Report on horse surra - Volume I
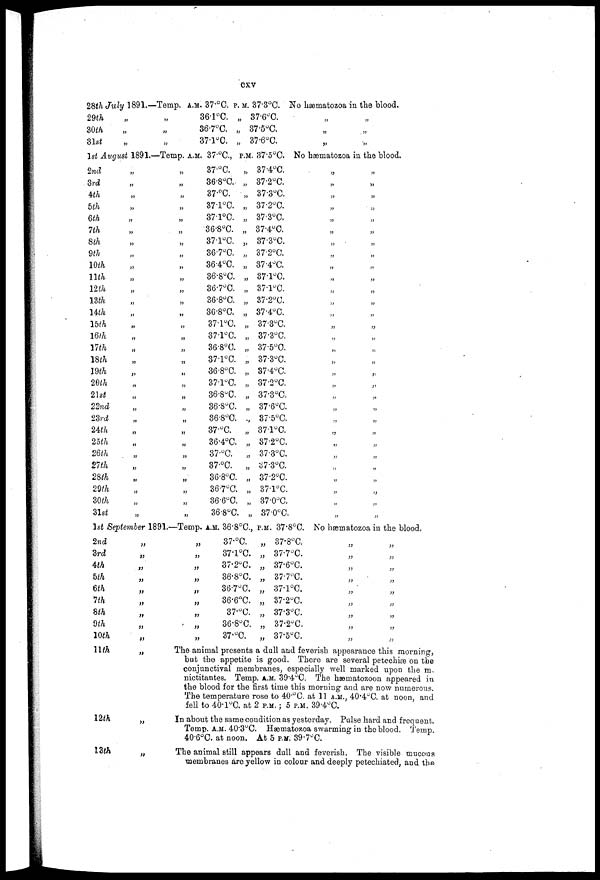
cxv
28th July 1891.-
29th
30th
31st
„
„
„
-Temp.
„
„
„
A.M. 37.°C.
36.1°C.
36.7°C.
37.l°0.
P. M. 87.3°C.
„ 37.6°C.
„ 37.5°C.
„ 37.6°C.
No hæmatozoa in the blood.
„
„
„
„
„
„
1st August
2nd
3rd
4th
5th
6th
7th
8th
9th
10th
11th
12th
13th
14th
15th
16th
17 th
18th
19th
20th
21st
22nd
23rd
24th
25th
26th
27th
28th
29th
30th
31st
1891-
„
„
„
„
„
„
„
„
„
„
„
„
„
„
„
„
„
„
„
„
„
„
„
„
„
„
„
„
„
„
—Temp. A.M.
„
„
„
„
„
„
„
„
„
„
„
„
„
„
„
„
„
„
„
„
„
„
„
„
„
„
„
„
„
„
37.°C.,
37.°C.
36.8°C.
37.°C.
37.l°C.
37.l°C.
36.8°C.
37.l°C.
36.7°C.
36.4°C.
36.8°C.
36.7°C.
36.8°C.
36.8°C.
37.l°C.
37.1°C.
36.8°C
37.1°C.
36.8°C.
37.l°C.
36.8°C.
36.8°C.
36.8°C.
37.°C.
36.4°C.
37.°C.
87.°C.
36.8°C.
36.7°C.
36.6°C
36.8°C.
P.M.
„
„
„
„
„
„
„
„
„
„
„
„
„
„
„
„
„
„
„
„
„
„
„
„
„
„
„
„
„
„
37.5°C
37.4°C.
37.2°C.
37.3°C.
37.2°C.
37.3°C.
37.4°C.
37.3°C.
37.2°C.
37.4°C.
37.1°C.
37.l°C.
37.2°C.
37.4°C.
37.3°C.
37.3°C.
37.5°C.
37.3°C.
37.4°C.
37.2°C.
37.3°C.
37.6°C.
37.5°C
37.l°C.
37.2°C.
37.3°C.
37.3°C.
37.2°C.
37.l°C.
37.0°C.
87.0°C.
No hæmatozoa in the blood.
„
„
„
„
„
„
„
„
„
„
„
„
„
„
„
„
„
„
„
„
„
„
„
„
„
„
„
„
„
„
„
„
„
„
„
„
„
„
„
„
„
„
„
„
„
„
„
„
„
„
„
„
„
1st September 1891.-
2nd
„
3rd
„
4th
5th
„
6th
7th
8th
„
9th
„
10th
„
—Temp,
„
„
„
„
„
„
„
„
„
A.M. 36.8°C,
37.°C.
37.l°C.
37.2°C.
36.8°C.
36.7°C,
36.6°C.
37.°C.
36.8°C.
37.°C.
P.M
„
„
„
„
„
„
„
„
„
37.8°C.
37.8°C.
37.7°C.
37.6°C.
37.7°C.
37.l°C.
37.2°C.
37.3°C.
37.2°C.
37.5°C.
No hæmatozoa in the blood,
„
„
„
„
„
„
„
„
„
11th
„
12th
„
13th
The animal presents a dull and feverish appearance this morning,
but the appetite is good. There are several petechiæ on the
conjunctival membranes, especially well marked upon the m.
nictitantes. Temp. A.M. 39.4°C. The hæmatozoon appeared in
the blood for the first time this morning and are now numerous.
The temperature rose to 40. o C. at 11 A.M., 40.4ºC. at noon, and
fell to 40.l°C. at 2 P.M ; 5 P.M 39.4°C.
In about the same condition as yesterday. Pulse hard and frequent.
Temp. A.M. 40.3°C. Hætnatozoa swarming in the blood. Temp.
40.6°C. at noon. At 5 P.M 39.7°C.
The animal still appears dull and feverish. The visible mucous
membranes are yellow in colour and deeply petechiated, and the